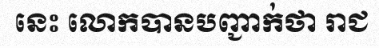
នេះ លោកបានបញ្ជាក់ថា រាជ